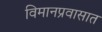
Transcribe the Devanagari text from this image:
विमानप्रवासात